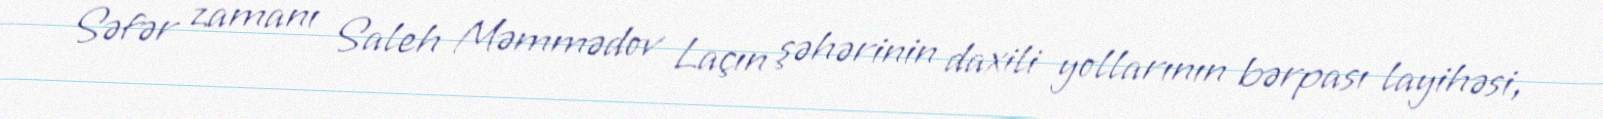
Səfər zamanı Saleh Məmmədov Laçın şəhərinin daxili yollarının bərpası layihəsi,